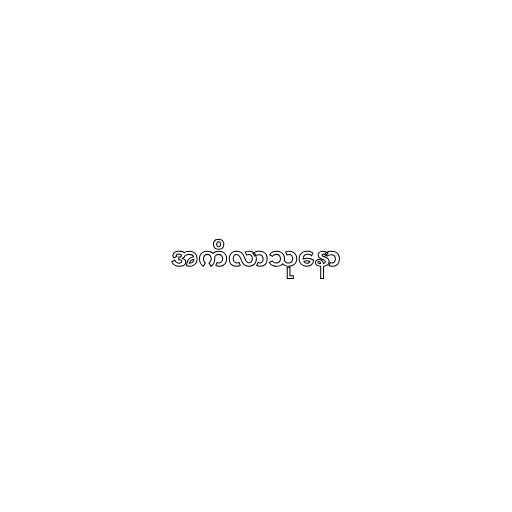
အကိလာသုနော